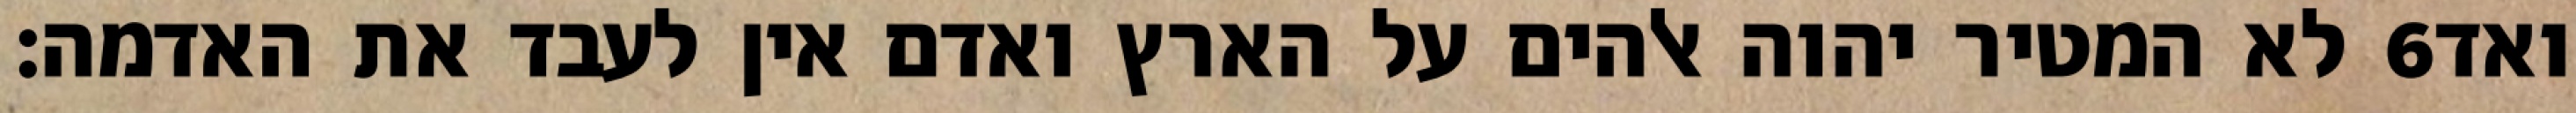
לא המטיר יהוה אלהים על הארץ ואדם אין לעבד את האדמה׃ ‎6‏ ואד